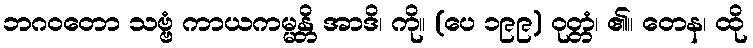
ဘဂဝတော သဗ္ဗံ ကာယကမ္မန္တိ အာဒိ၊ ကို။ (ပေ ၁၉၉) ဝုတ္တံ၊ ၏။ တေန၊ ထို